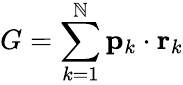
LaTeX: G=\sum_{k=1}^{\mathbb{N}}\mathbf{{p}}_{k}\cdot\mathbf{{r}}_{k}